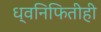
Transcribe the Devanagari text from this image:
ध्वनिफितीही